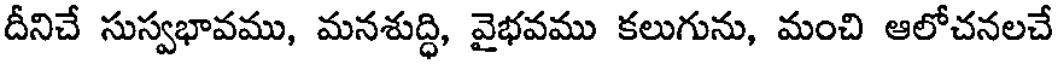
దీనిచే సుస్వభావము, మనశుద్ధి, వైభవము కలుగును, మంచి ఆలోచనలచే